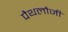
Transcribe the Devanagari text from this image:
पैथलौजी